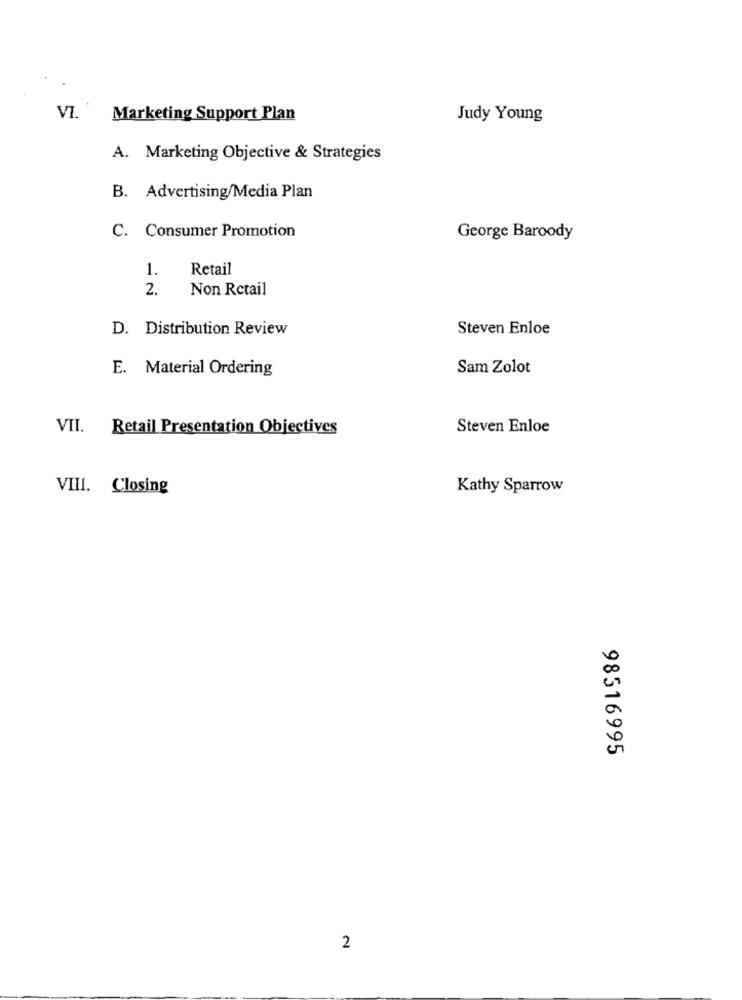
VI.
Marketing Support Plan
Judy Young
A. Marketing Objective & Strategies
B. Advertising/Media Plan
C. Consumer Promotion
George Baroody
1.
Retail
Non Retail
2.
D. Distribution Review
Steven Enloe
E. Material Ordering
Sam Zolot
VII.
Retail Presentation Objectives
Steven Enloe
VIII. Closing
Kathy Sparrow
98516995
2